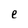
Character: e